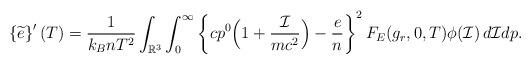
LaTeX: \begin{align*} \left\{\widetilde{e}\right\}^{\prime}(T)&=\frac{1}{k_B nT^2}\int_{\mathbb{R}^3}\int_0^\infty \left\{cp^0\Big(1+\frac{\mathcal{I}}{mc^2}\Big)-\frac{e}{n}\right\}^2F_E(g_r,0,T)\phi(\mathcal{I})\,d\mathcal{I}dp.\end{align*}